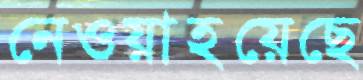
নেওয়াহয়েছে